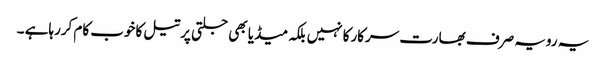
یہ رویہ صرف بھارت سرکارکا نہیں بلکہ میڈیا بھی جلتی پرتیل کاخوب کام کررہاہے ۔